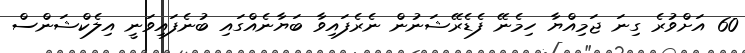
60 އަށްވުރެ ގިނަ ޖަމިއްޔާ ހިމެނޭ ފެޑެރޭޝަނުން ނެރެފައިވާ ބަޔާނެއްގައި ބުނެފައިވަނީ އިލެކްޝަންސް